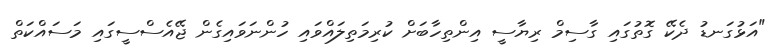
"އަޅުގަނޑު ދެކޭ ގޮތުގައި ގާސިމް ރިޔާސީ އިންތިހާބަށް ކުރިމަތިލައްވައި ހުންނަވައިގެން ޖޭއެސްސީގައި މަސައްކަތް